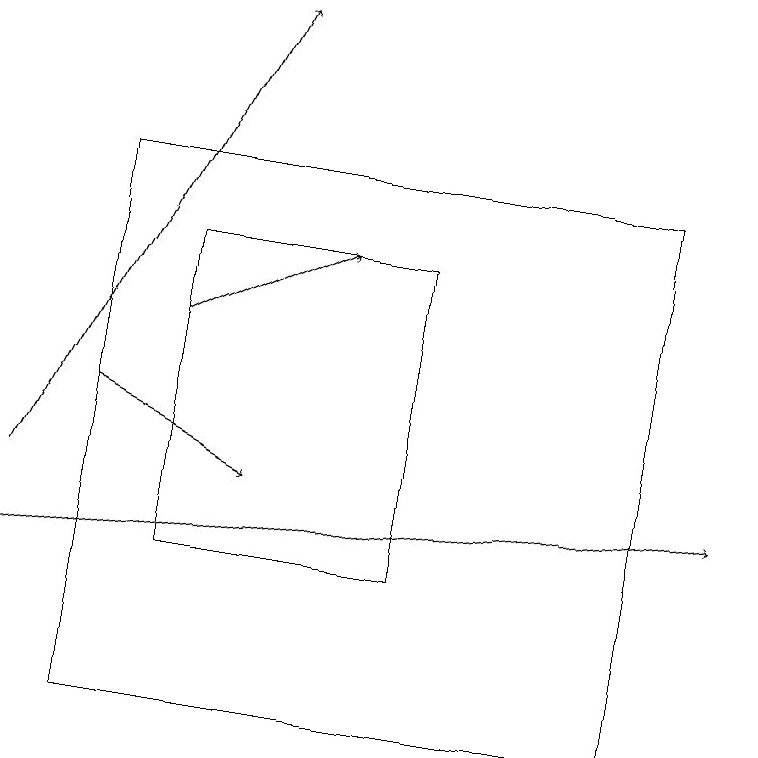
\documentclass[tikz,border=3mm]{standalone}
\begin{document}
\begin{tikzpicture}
\draw[->] (0,13) -- (3,19);
\draw[->] (0,12) -- (9,13);
\draw[->] (2,15) -- (4,16);
\draw (2,16) rectangle (5,12);
\draw (1,10) rectangle (8,17);
\draw[->] (1,14) -- (3,13);
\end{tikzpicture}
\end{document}